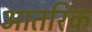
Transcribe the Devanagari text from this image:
आतरिक